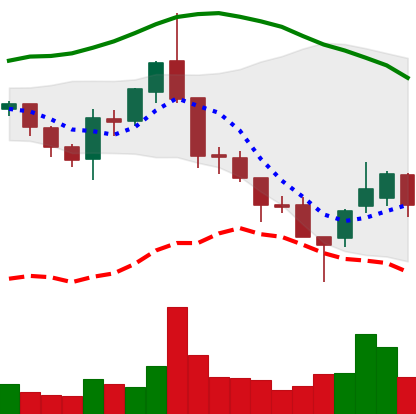
Ticker: ETC-USD
Chart end date: 2018-08-18
Forward return: -5.96%
Label: down_5_7